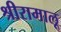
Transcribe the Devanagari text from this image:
श्रीरामालू